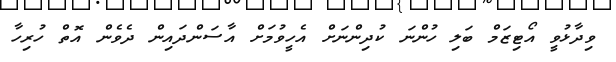
ވިދާޅުވީ އޯޓިޒަމް ބަލި ހުންނަ ކުދިންނަށް އެހީވުމަށް އާސަންދައިން ދެވެން އޮތް ހުރިހާ